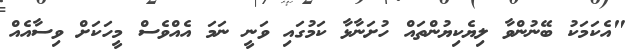
"އެކަމަކު ބޭނުންވާ ލިޔެކިޔުންތައް ހުށަނާޅާ ކަމުގައި ވަނީ ނަމަ އެއްވެސް މީހަކަށް ވިސާއެއް